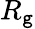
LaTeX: R_{\mathtt{g}}